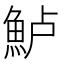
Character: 𫙔